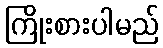
ကြိုးစားပါမည်